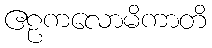
ဧဠကလောမိကာတိ